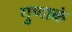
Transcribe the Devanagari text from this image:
गुणाकं